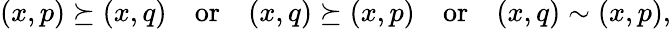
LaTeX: \begin{array}{r}{(x,p)\succeq(x,q)\quad\mathrm{or}\quad(x,q)\succeq(x,p)\quad\mathrm{or}\quad(x,q)\sim(x,p),}\end{array}